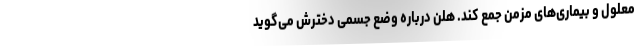
معلول و بیماری‌های مزمن جمع کند. هلن درباره وضع جسمی دخترش می‌گوید